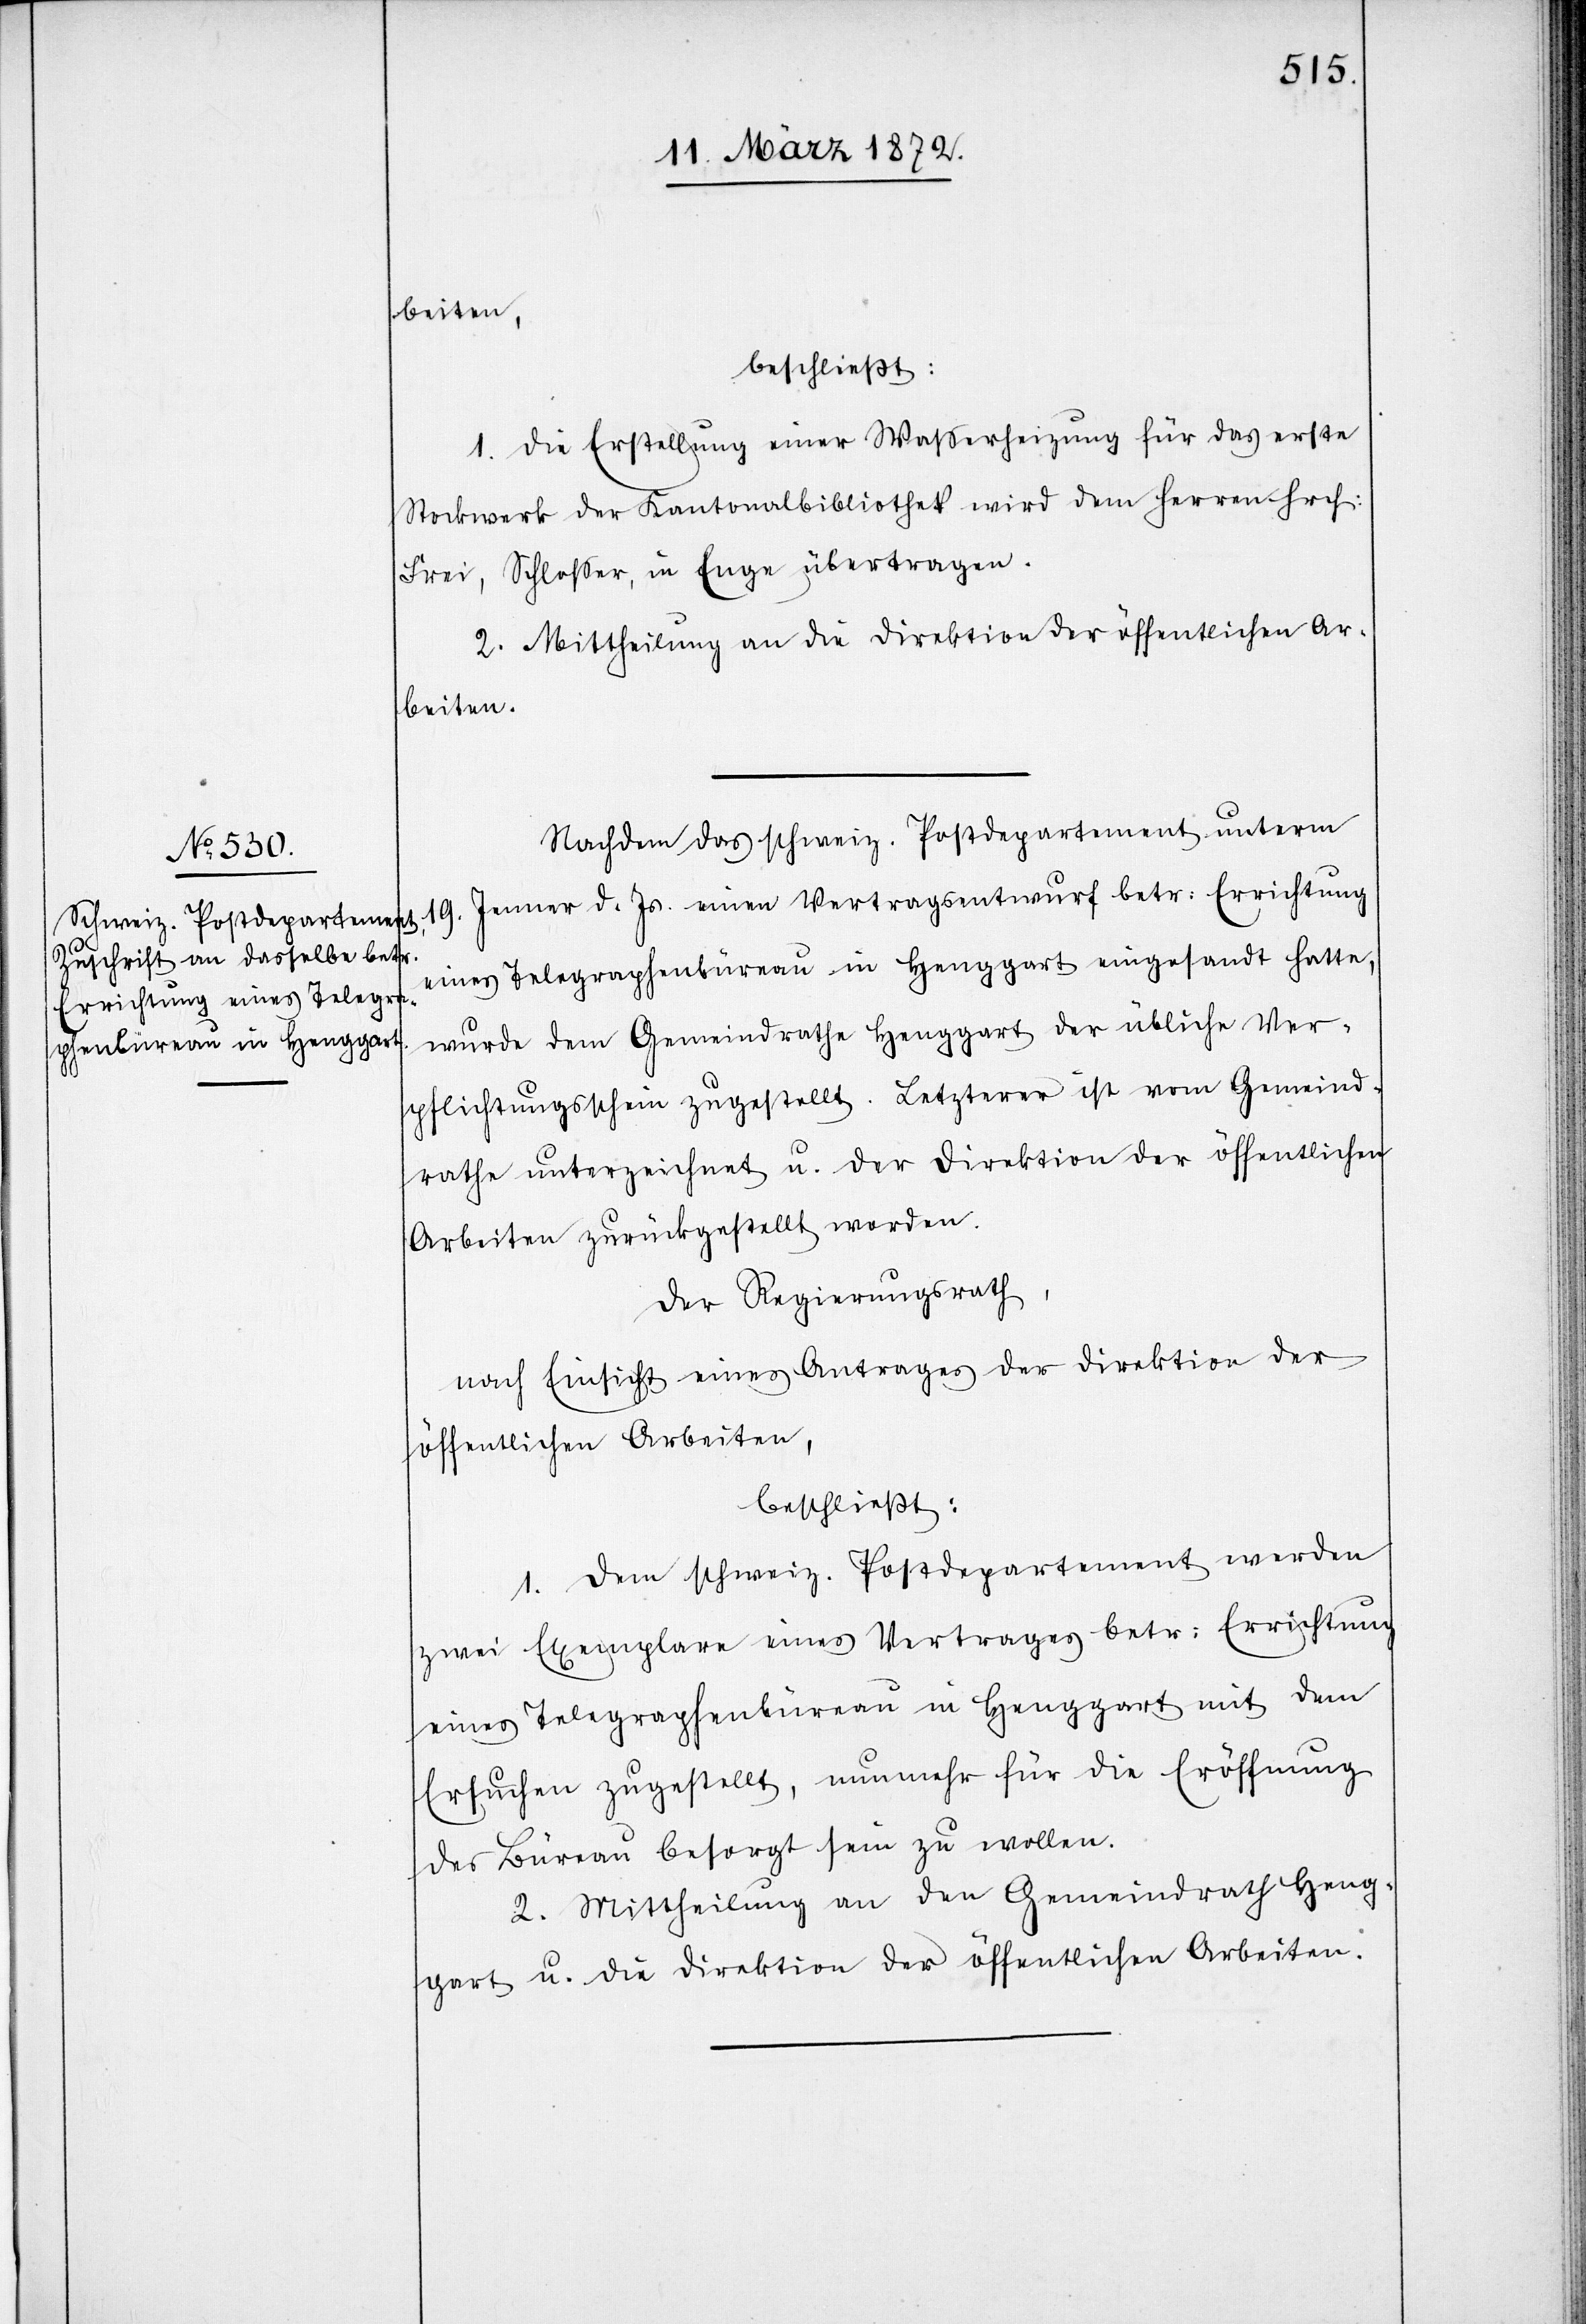
beiten,
beschließt:
1. Die Erstellung einer Wasserheizung für das erste
Stockwerk der Kantonalbibliothek wird dem Herren Hrch.
Frei, Schlosser, in Enge, übertragen.
2. Mittheilung an die Direktion der öffentlichen Ar¬
beiten.
Nachdem das schweiz. Postdepartement unterm
19. Jenner d. Js. einen Vertragsentwurf betr: Errichtung
eines Telegraphenbüreau in Henggart eingesandt hatte,
wurde dem Gemeindrathe Henggart der übliche Ver¬
pflichtungsschein zugestellt. Letzterer ist vom Gemeind¬
rathe unterzeichnet u. der Direktion der öffentlichen
Arbeiten zurückgestellt worden.
Der Regierungsrath,
nach Einsicht eines Antrages der Direktion der
öffentlichen Arbeiten,
beschließt:
1. Dem schweiz. Postdepartement werden
zwei Exemplare eines Vertrages betr: Errichtung
eines Telegraphenbüreau in Henggart mit dem
Ersuchen zugestellt, nunmehr für die Eröffnung
des Büreau besorgt sein zu wollen.
2. Mittheilung an den Gemeindrath Heng¬
gart u. die Direktion der öffentlichen Arbeiten.